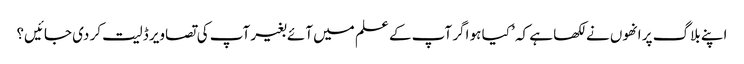
اپنے بلاگ پر انھوں نے لکھا ہے کہ ’ کیا ہو اگر آپ کے علم میں آئے بغیر آپ کی تصاویر ڈلیت کر دی جائیں؟